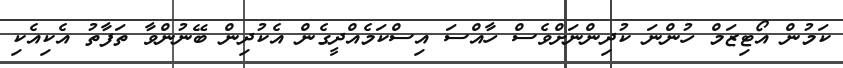
ކަމުން އޯޓިޒަމް ހުންނަ ކުދިންނަށްވެސް ހާއްސަ އިސްކަމެއްދީގެން އެކުދިން ބޭނުންވާ ތަފާތު އެކިއެކި